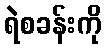
ရဲစခန်းကို